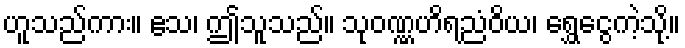
ဟူသည်ကား။ ဧသ၊ ဤသူသည်။ သုဝဏ္ဏဟိရညံဝိယ၊ ရွှေငွေကဲ့သို့။